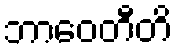
ဘာဝေတီတိ